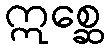
ဣစ္ဆေ